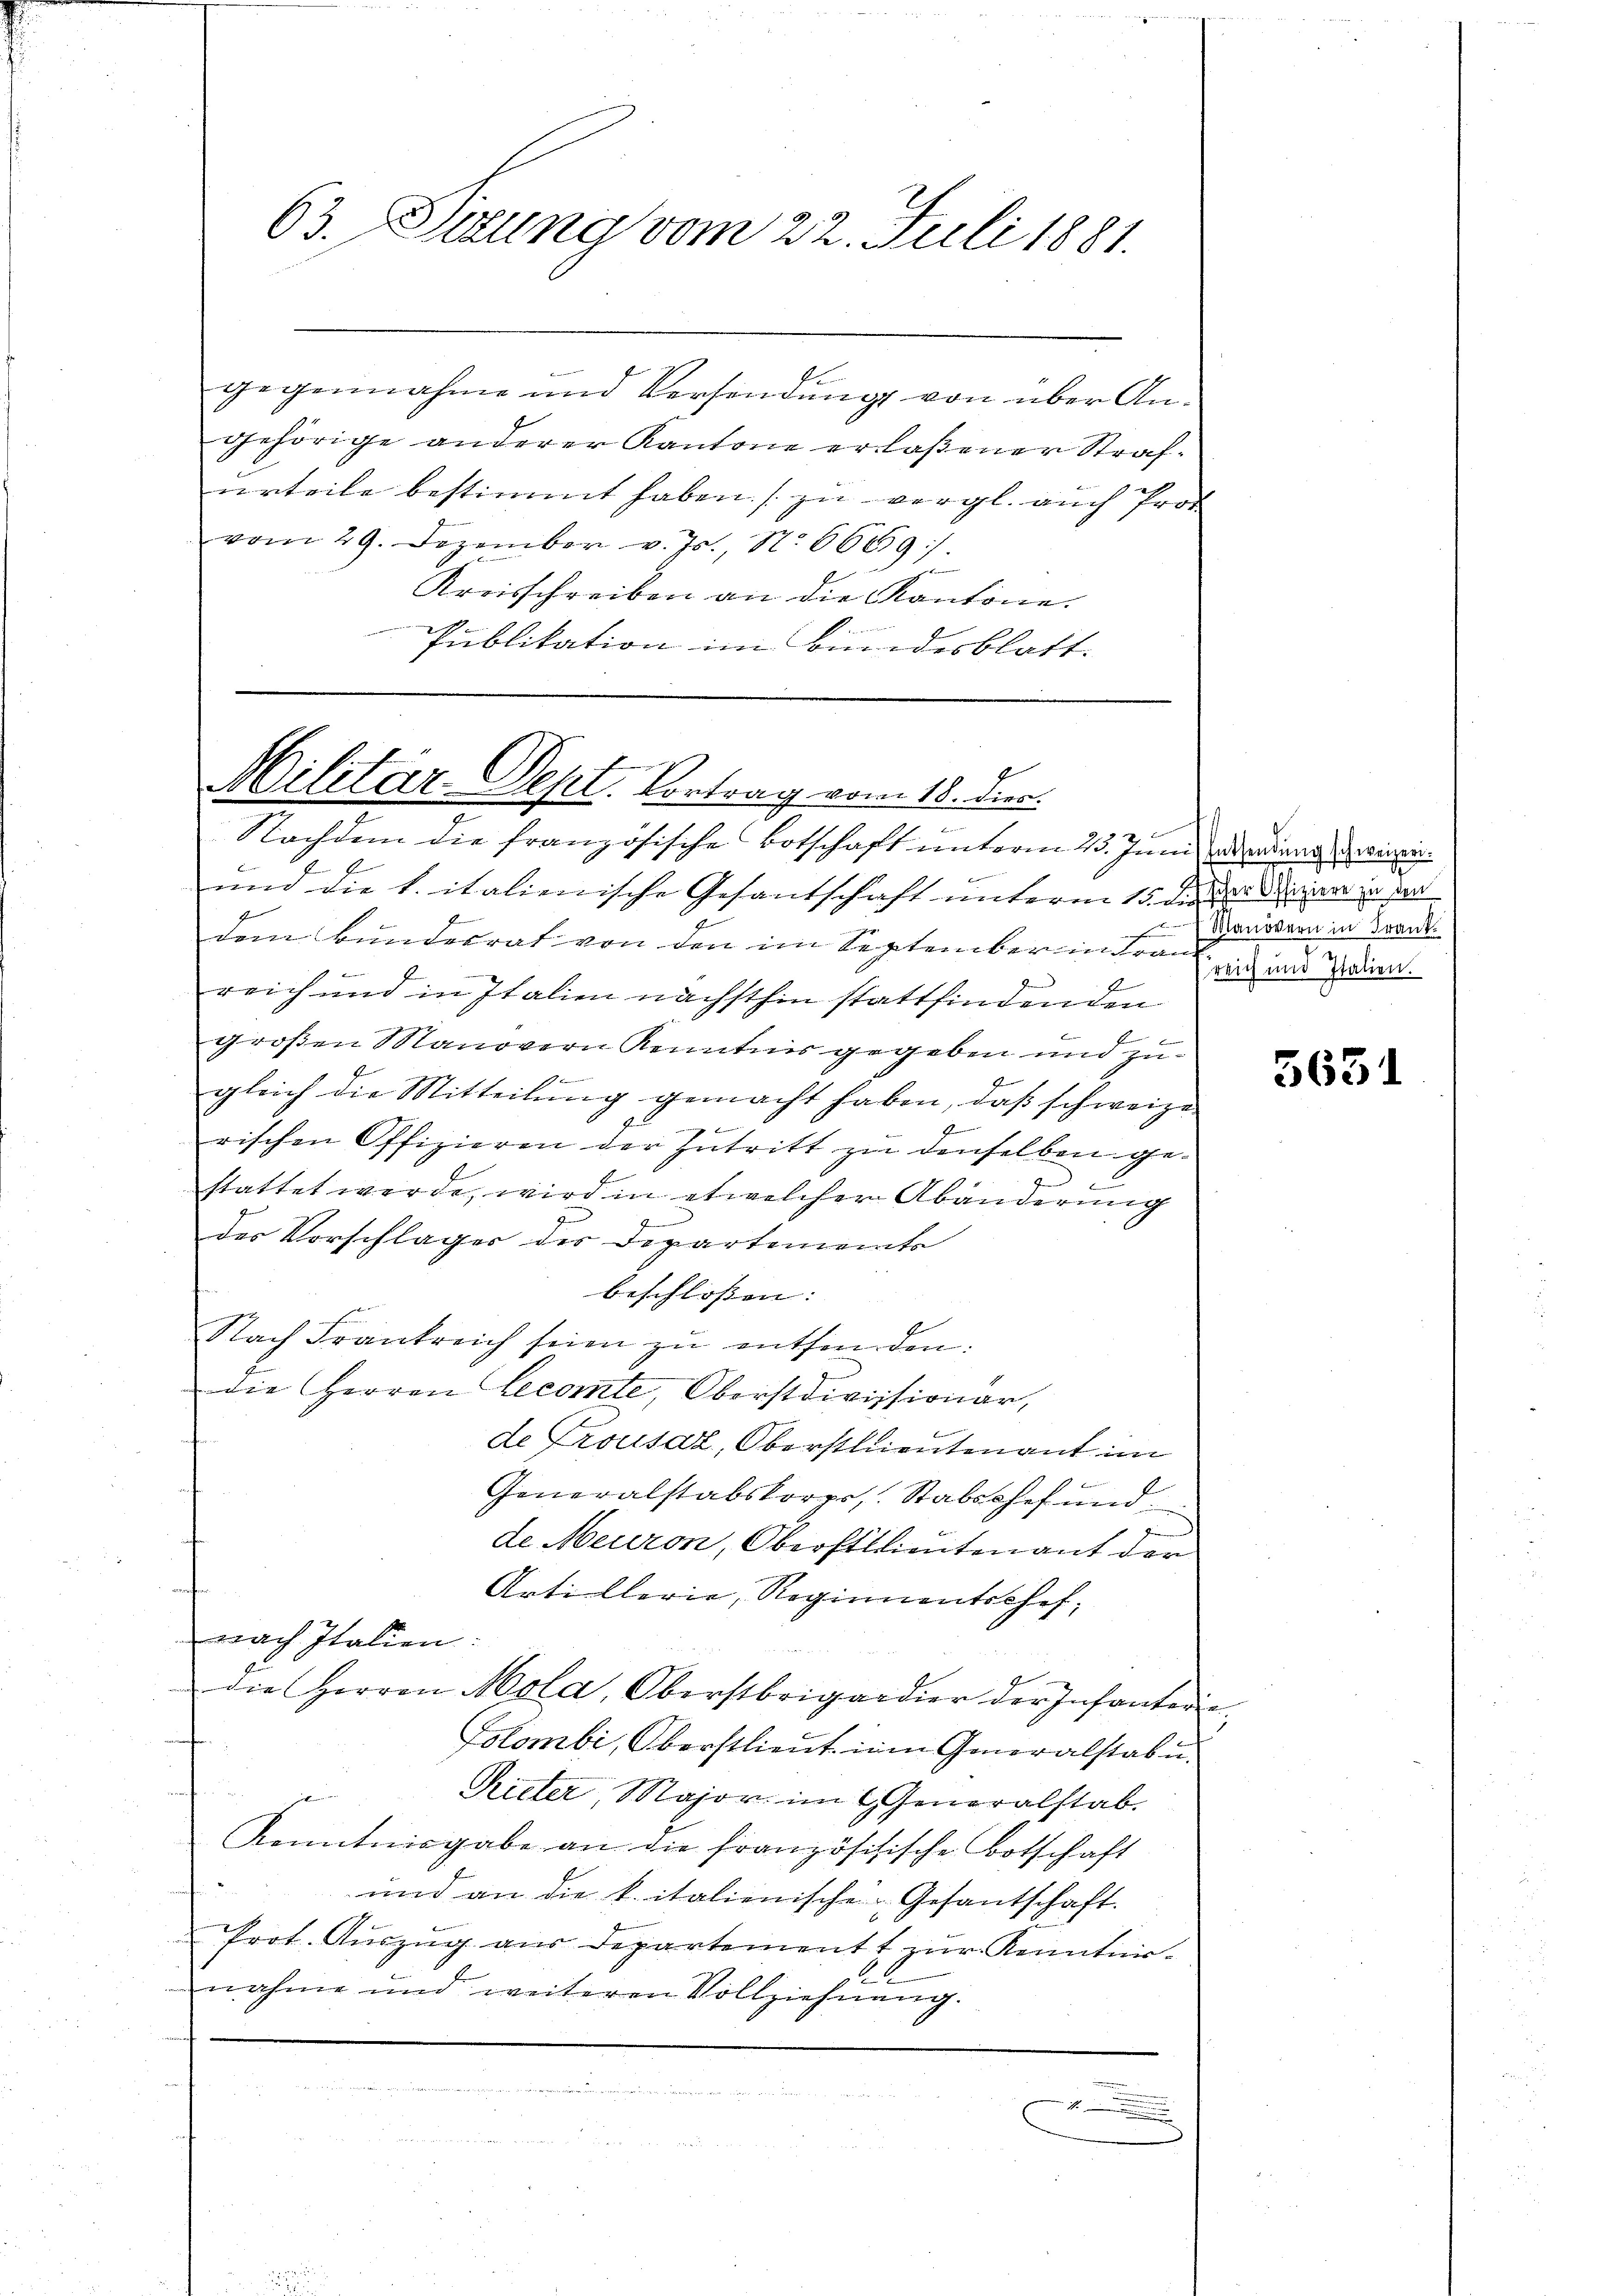
63. Sitzung vom 22. Juli 1881.

gegennahme und Versendung von über Angehörige anderer Kantone erlaßener Strafurteile bestimmt haben (zu vergl. auch Prot
vom 29. Dezember v. Js., N. 6669/
Kreisschreiben an die Kantone.
Publikation im Bundesblatt.

Nachdem die französische Botschaft unterm 25. Juni ad anden dreinein¬
.
E
E
und die k. italienische Gesantschaft unterm 15. die de diren in der
dem Bundesrat von den im September in der
E
reich und in Italien nächsthin stattfindenden
großen Manövern Kenntnis gegeben und zu¬
1
gleich die Mitteilung gemacht haben, daß schweize
F
f
e
rischen Offizieren der Intritt zu denselben gestattet werde, wird in etwelcher Abänderung
des Vorschläger der Departements
beschlossen: |
Nach Frankreich seien zŭ entfanden.
die Herren Lecomte, Oberstdivisionar,
de Crousaz, Oberstlieutenant im
F
Generalstabskorps, Stabschof und
de Meuron, Oberstlieutenant der
af
Artillerie, Regimentschef,
nach Italien:
die Herren Mola, Oberstrigadier der Infanterie-
Golombi, Oberstlieut in Generalstab u.
i
Rieter, Major im Generalstab.
Kenntnisgabe an die französisische Botschaft
und an die k. italienische Gesantschaft.
Prot. Aŭszŭg aŭs departement zŭr Kenntier-
nnahme und weiteren Vollziehung.

er

Militar-Sept. Vortrag vom 18. Dien.
n

Manövern in Frank.
reich und Italien.

5631